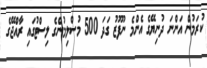
ކުރަމުން އަންނަ ދުނިޔޭގެ އެންމެ ނުފޫޒު ގަދަ 500 މުސްލިމުންގެ ލިސްޓުގައި ރާއްޖޭގެ